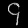
Digit: ၄